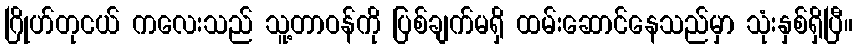
ဂြိုဟ်တုငယ် ကလေးသည် သူ့တာဝန်ကို ပြစ်ချက်မရှိ ထမ်းဆောင်နေသည်မှာ သုံးနှစ်ရှိပြီ။